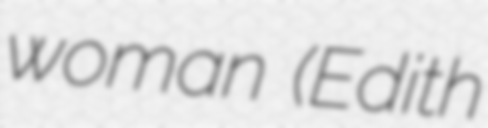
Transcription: woman (Edith